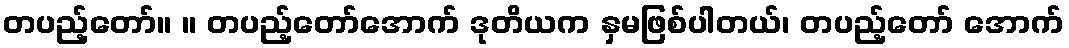
တပည့်တော်။ ။ တပည့်တော်အောက် ဒုတိယက နှမဖြစ်ပါတယ်၊ တပည့်တော် အောက်